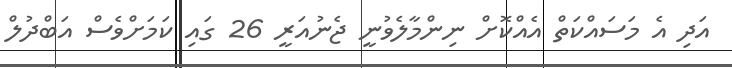
އަދި އެ މަސައްކަތް އެއްކޮށް ނިންމާލެވުނީ ޖެނުއަރީ 26 ގައި ކަމަށްވެސް އަބްދުލް